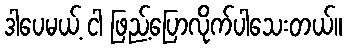
ဒါပေမယ့် ငါ ဖြည့်ပြောလိုက်ပါသေးတယ်။